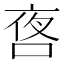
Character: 㖱